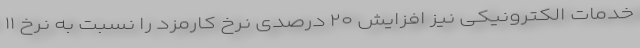
خدمات الکترونیکی نیز افزایش ۲۰ درصدی نرخ کارمزد را نسبت به نرخ ۱۱